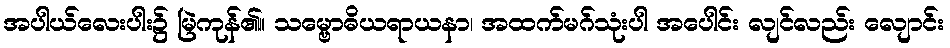
အပါယ်လေးပါး၌ မြဲကုန်၏။ သမ္ဗောဓိယရာယနာ၊ အထက်မဂ်သုံးပါ အပေါင်း လျင်လည်း လျောင်း